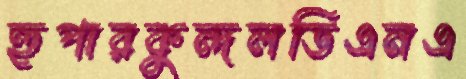
হুপারকুন্দলডিএনএ